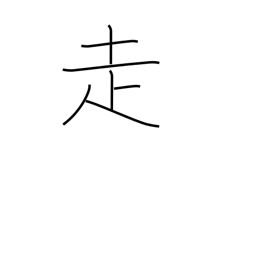
Meaning: run